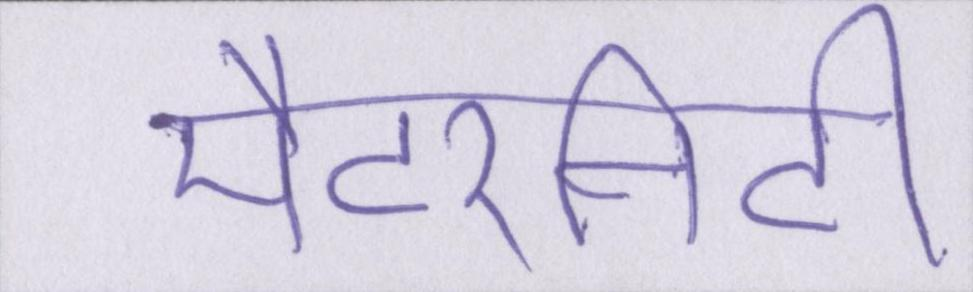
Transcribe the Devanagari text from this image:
मैटरनिटी